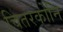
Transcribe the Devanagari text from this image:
चितरकोनि